Report on vaccination in Madras 1904-1921 - 1904-1921
Year: 1904
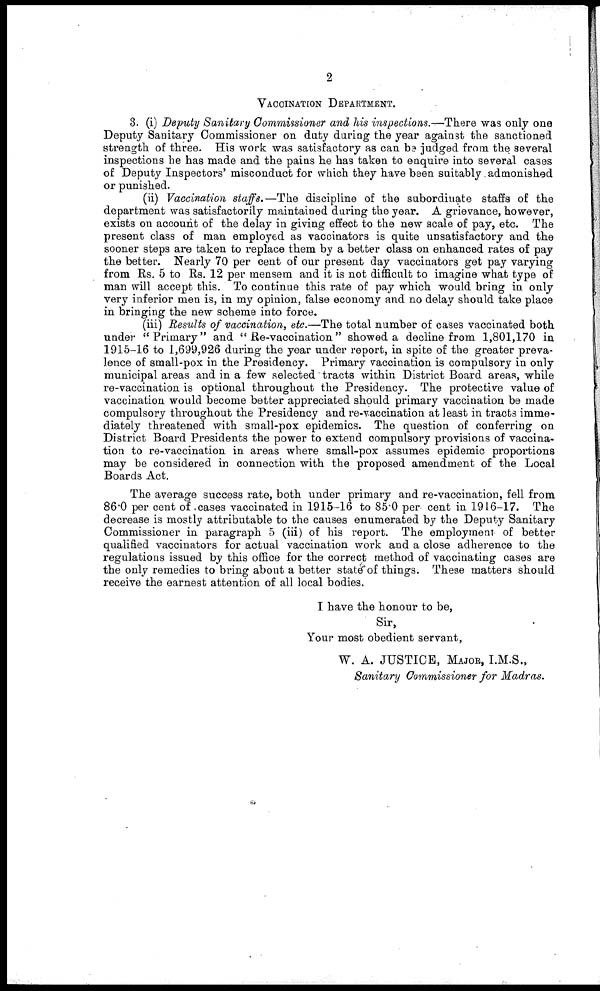
2
VACCINATION DEPARTMENT.
3. (i) Deputy Sanitary Commissioner and his inspections.—There was only one
Deputy Sanitary Commissioner on duty during the year against the sanctioned
strength of three. His work was satisfactory as can be judged from the several
inspections he has made and the pains he has taken to enquire into several cases
of Deputy Inspectors' misconduct for which they have been suitably admonished
or punished.
(ii) Vaccination staffs.—The discipline of the subordinate staffs of the
department was satisfactorily maintained during the year. A grievance, however,
exists on account of the delay in giving effect to the new scale of pay, etc. The
present class of man employed as vaccinators is quite unsatisfactory and the
sooner steps are taken to replace them by a better class on enhanced rates of pay
the better. Nearly 70 per cent of our present day vaccinators get pay varying
from Rs. 5 to Rs. 12 per mensem and it is not difficult to imagine what type of
man will accept this. To continue this rate of pay which would bring in only
very inferior men is, in my opinion, false economy and no delay should take place
in bringing the new scheme into force.
(iii) Results of vaccination, etc.—The total number of cases vaccinated both
under " Primary" and " Re-vaccination" showed a decline from 1,801,170 in
1915-16 to 1,699,926 during the year under report, in spite of the greater preva-
lence of small-pox in the Presidency. Primary vaccination is compulsory in only
municipal areas and in a few selected tracts within District Board areas, while
re-vaccination is optional throughout the Presidency. The protective value of
vaccination would become better appreciated should primary vaccination be made
compulsory throughout the Presidency and re-vaccination at least in tracts imme-
diately threatened with small-pox epidemics. The question of conferring on
District Board Presidents the power to extend compulsory provisions of vaccina-
tion to re-vaccination in areas where small-pox assumes epidemic proportions
may be considered in connection with the proposed amendment of the Local
Boards Act.
The average success rate, both under primary and re-vaccination, fell from
86.0 per cent of cases vaccinated in 1915-16 to 85.0 per cent in 1916-17. The
decrease is mostly attributable to the causes enumerated by the Deputy Sanitary
Commissioner in paragraph 5 (iii) of his report. The employment of better
qualified vaccinators for actual vaccination work and a close adherence to the
regulations issued by this office for the correct method of vaccinating cases are
the only remedies to bring about a better state of things. These matters should
receive the earnest attention of all local bodies.
I have the honour to be,
Sir,
Your most obedient servant,
W. A. JUSTICE, MAJOR, I.M.S.,
Sanitary Commissioner for Madras.